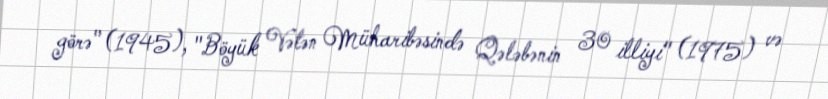
görə" (1945), "Böyük Vətən Müharibəsində Qələbənin 30 illiyi" (1975) və